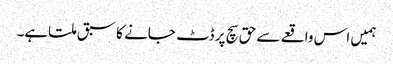
ہمیں اس واقعے سے حق سچ پر ڈٹ جانے کا سبق ملتاہے۔